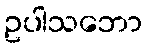
ဥပါသဘော